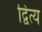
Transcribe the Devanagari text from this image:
द्वित्य